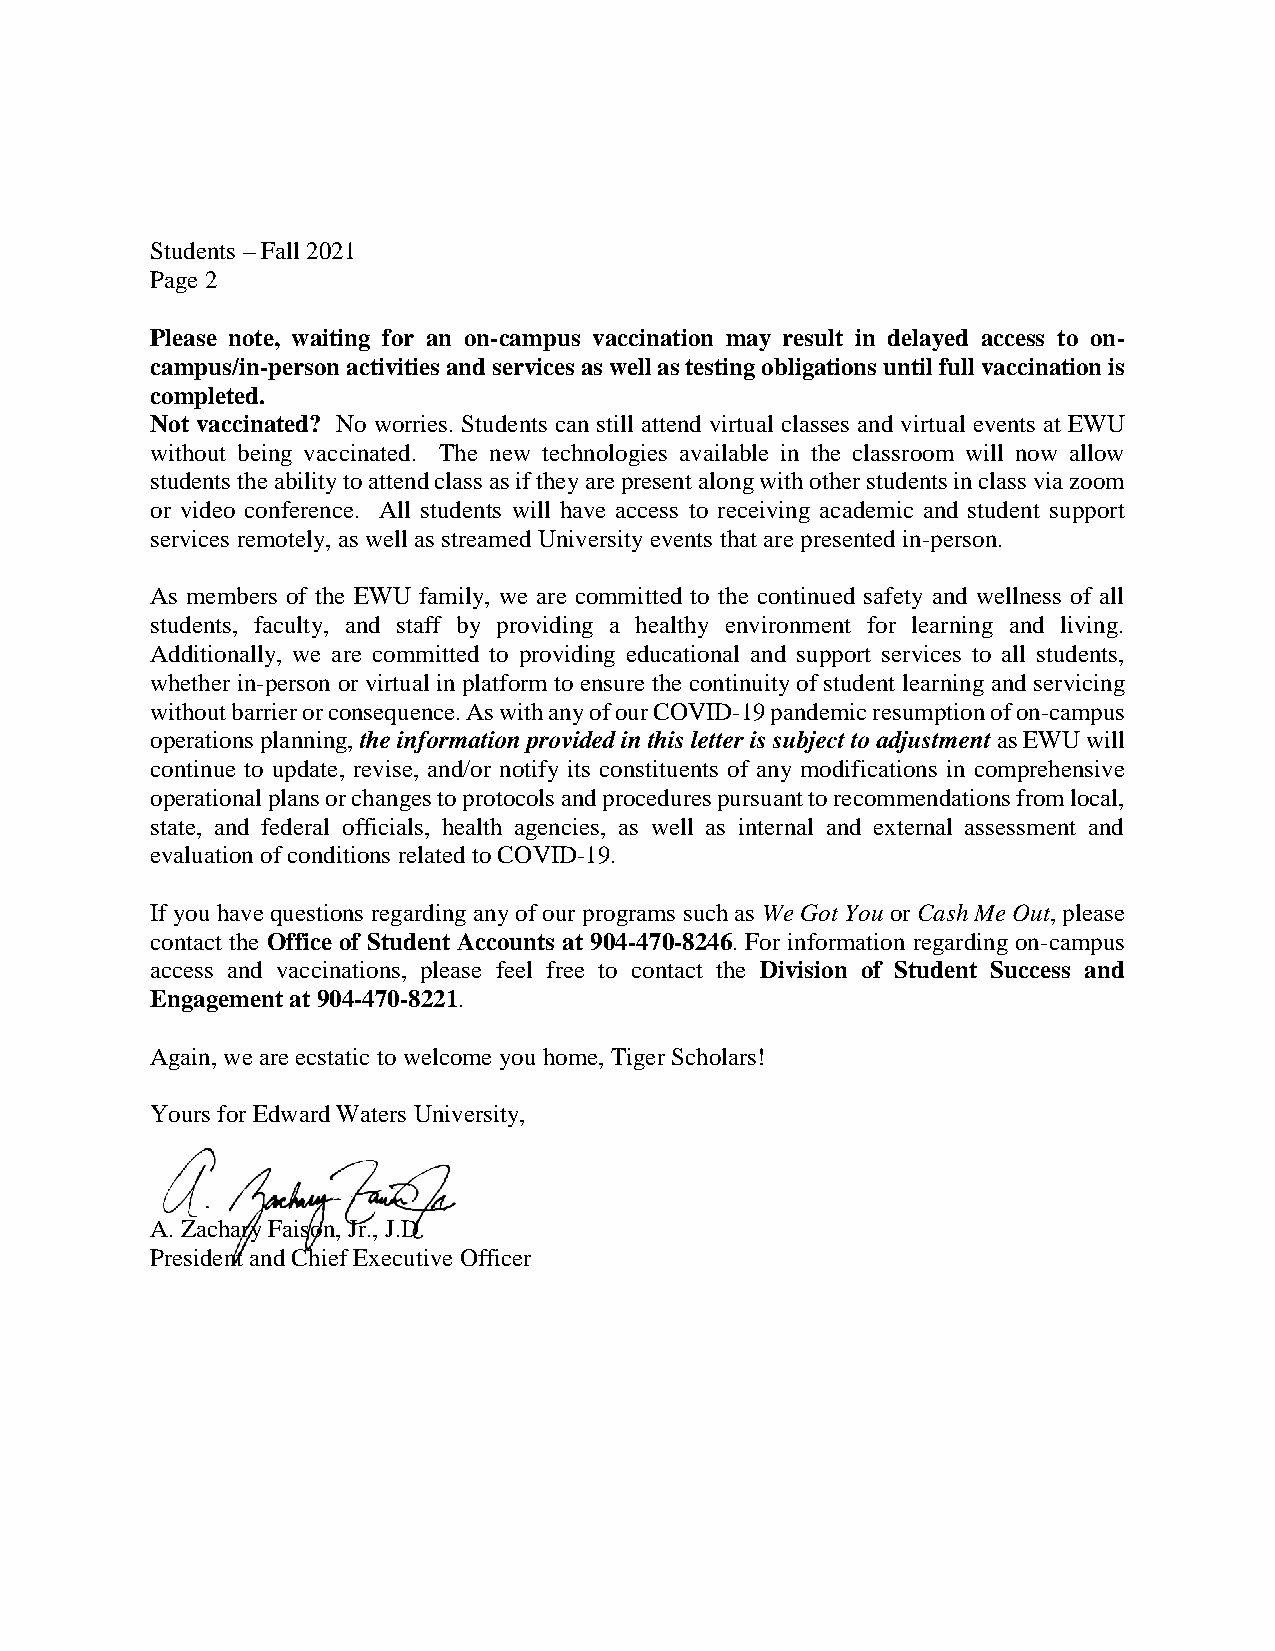
Students – Fall 2021
 Page 2
 Please note, waiting for an on-campus vaccination may result in delayed access to on-
 campus/in-person activities and services as well as testing obligations until full vaccination is
 completed.
 Not vaccinated? No worries. Students can still attend virtual classes and virtual events at EWU
 without being vaccinated. The new technologies available in the classroom will now allow
 students the ability to attend class as if they are present along with other students in class via zoom
 or video conference. All students will have access to receiving academic and student support
 services remotely, as well as streamed University events that are presented in-person.
 As members of the EWU family, we are committed to the continued safety and wellness of all
 students, faculty, and staff by providing a healthy environment for learning and living.
 Additionally, we are committed to providing educational and support services to all students,
 whether in-person or virtual in platform to ensure the continuity of student learning and servicing
 without barrier or consequence. As with any of our COVID-19 pandemic resumption of on-campus
 operations planning, the information provided in this letter is subject to adjustment as EWU will
 continue to update, revise, and/or notify its constituents of any modifications in comprehensive
 operational plans or changes to protocols and procedures pursuant to recommendations from local,
 state, and federal officials, health agencies, as well as internal and external assessment and
 evaluation of conditions related to COVID-19.
 If you have questions regarding any of our programs such as We Got You or Cash Me Out, please
 contact the Office of Student Accounts at 904-470-8246. For information regarding on-campus
 access and vaccinations, please feel free to contact the Division of Student Success and
 Engagement at 904-470-8221.
 Again, we are ecstatic to welcome you home, Tiger Scholars!
 Yours for Edward Waters University,
 A. Zachary Faison, Jr., J.D.
 President and Chief Executive Officer